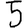
Digit: 5